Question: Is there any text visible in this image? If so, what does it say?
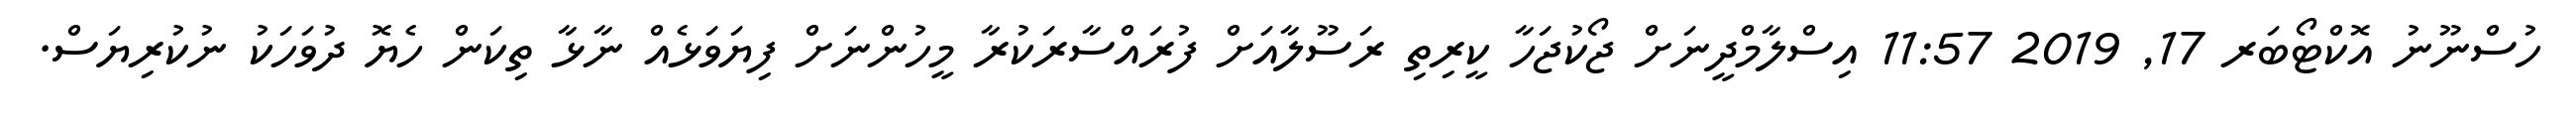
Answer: ހުސްނޫނު އޮކްޓޯބަރ 17, 2019 11:57 އިސްލާމްދީނަށް ޖޯކުޖަހާ ކީރިތި ރަސޫލާއަށް ފުރައްސާރަކުރާ މީހުންނަށް ފިޔަވަޅެއް ނާޅާ ތިކަން ހެޔޮ ދުވަހަކު ނުކުރިޔަސް.